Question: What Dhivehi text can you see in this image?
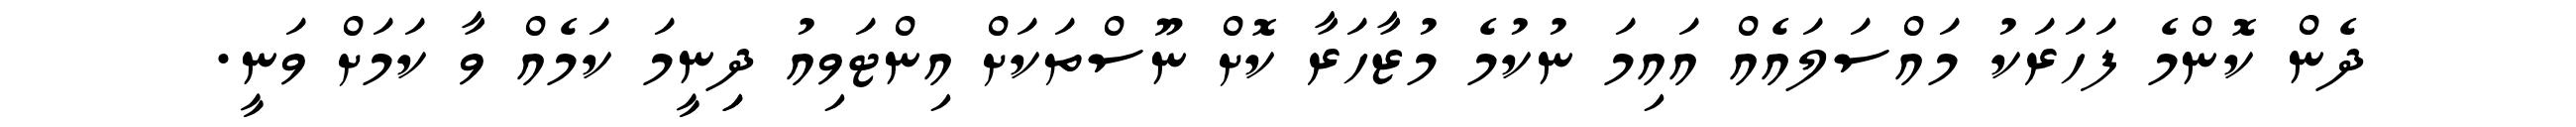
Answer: ދެން ކޮންމެ ފަހަރަކު މައްސަލައެއް އައިމަ ނުކުމެ މުޒާހަރާ ކޮށް ނޫސްތަކަށް އިންޓަވިއު ދިިނީމަ ކަމެއް ވާ ކަމަށް ވަނީ.